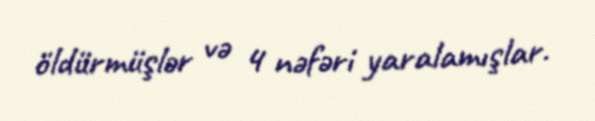
öldürmüşlər və 4 nəfəri yaralamışlar.